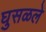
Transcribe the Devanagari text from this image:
घुसळले